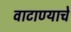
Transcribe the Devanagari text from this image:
वाटाण्याचे